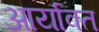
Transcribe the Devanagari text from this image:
आर्यावत